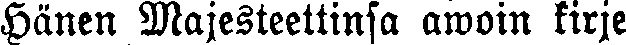
Hänen Majesteettinsa awoin kirje